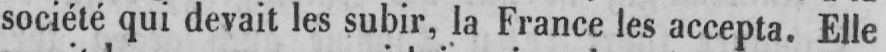
société qui devait les subir, la France les accepta. Elle